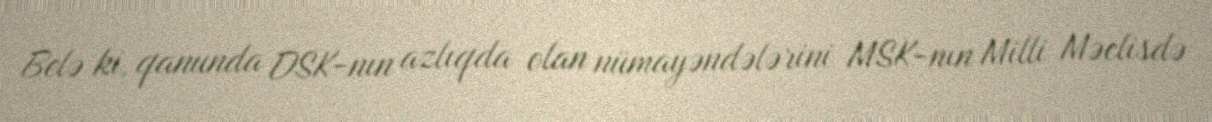
Belə ki, qanunda DSK-nın azlıqda olan nümayəndələrini MSK-nın Milli Məclisdə